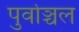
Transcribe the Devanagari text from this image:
पुर्वाञ्चल